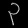
Digit: ၃